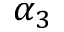
\alpha _ { 3 }